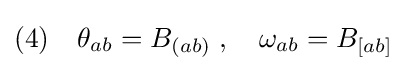
(4)\quad \theta _{ab}=B_{(ab)}\;,\quad \omega _{ab}=B_{[ab]}\;